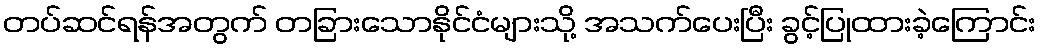
တပ်ဆင်ရန်အတွက် တခြားသောနိုင်ငံများသို့ အသက်ပေးပြီး ခွင့်ပြုထားခဲ့ကြောင်း